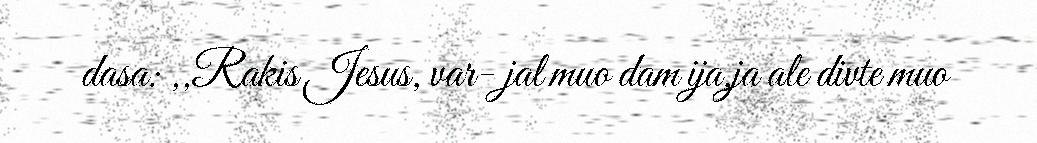
dasa: ,,Rakis Jesus, var- jal muo dam ija,ja ale divte muo